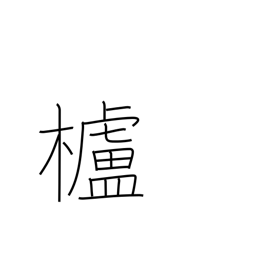
Meaning: wax tree